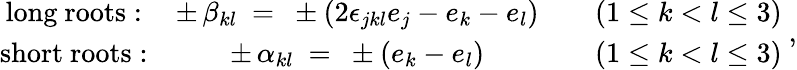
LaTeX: \begin{array}{cccc}{{\mathrm{long~roots:}}}&{{\pm\, \beta_{kl}~=~\pm(2\epsilon_{jkl}e_{j}-e_{k}-e_{l})}}&{{}}&{{(1\leq k<l\leq 3)}}\\ {{\mathrm{short~roots:}}}&{{\pm\, \alpha_{kl}~=~\pm(e_{k}-e_{l})}}&{{}}&{{(1\leq k<l\leq 3)}}\end{array}~,